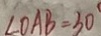
\angle O A B = 3 0 ^ { \circ }